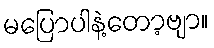
မပြောပါနဲ့တော့ဗျာ။